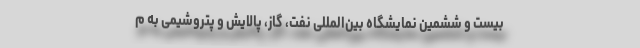
بیست و ششمین نمایشگاه بین‌المللی نفت، گاز، پالایش و پتروشیمی به م